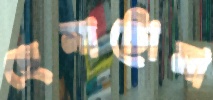
হেমাটোমা